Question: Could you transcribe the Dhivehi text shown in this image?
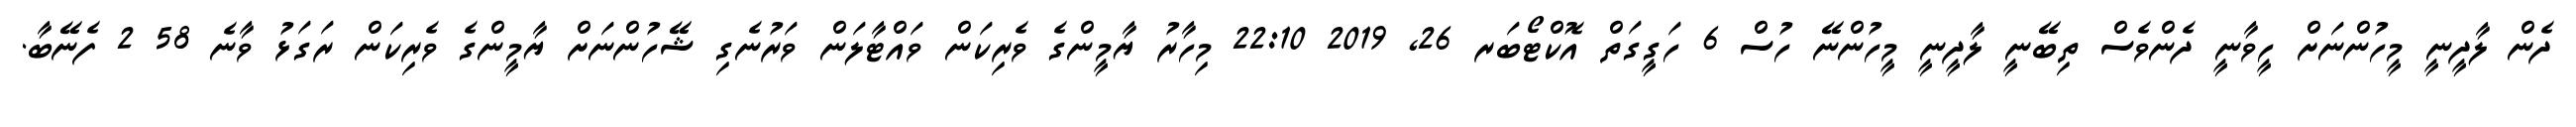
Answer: ދެން ލާދީނީ މީހުންނަށް ހީވާނީ ދެންވެސް ތިބޭނީ ލާދީނީ މީހުންނޭ ހުސް 6 ހަގީގަތް އޮކްޓޯބަރ 26, 2019 22:10 މިހާރު ޔާމީންގެ ވެރިކަން ވައްޓާލަން ވަރުނެގި ޝޭހުންނަށް ޔާމީންގެ ވެރިކަން ރަގަޅު ވާނެ 58 2 ފެނޭބާ.